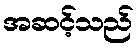
အဆင့်သည်